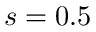
s = 0 . 5